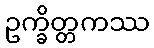
ဥက္ခိတ္တကဿ